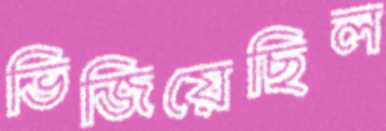
ভিজিয়েছিল